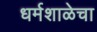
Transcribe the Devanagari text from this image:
धर्मशाळेचा